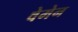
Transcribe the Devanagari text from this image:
वेमेन